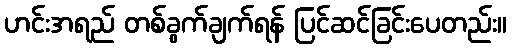
ဟင်းအရည် တစ်ခွက်ချက်ရန် ပြင်ဆင်ခြင်းပေတည်း။